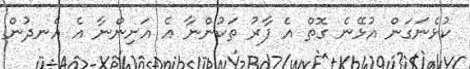
ކުޅެނަގަން އުޅޭނެ ގޮތް އެ ފާރު ތަކުންނާ އެ އަށިންނާ އެ އެނދުން